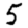
Digit: 5